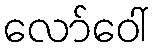
လော်ဝေါ်